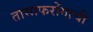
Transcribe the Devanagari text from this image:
तासाफरोंगाची